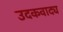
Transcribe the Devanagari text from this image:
उदकवाद्य